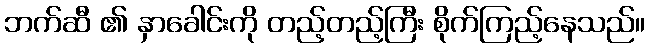
ဘက်ဆီ ၏ နှာခေါင်းကို တည့်တည့်ကြီး စိုက်ကြည့်နေသည်။